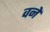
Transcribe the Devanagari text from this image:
वनें